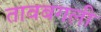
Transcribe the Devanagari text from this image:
तावबगली